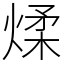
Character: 煣